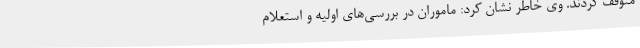
متوقف کردند. وی خاطر نشان کرد: ماموران در بررسی‌های اولیه و استعلام